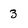
Character: 3